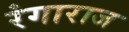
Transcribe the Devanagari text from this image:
रंगाराज